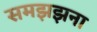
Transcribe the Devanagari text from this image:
समझझना